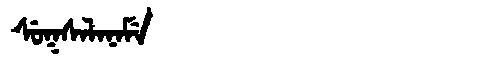
Manchu: ᠰᡠᡴᠰᠠᠯᠠᠨᠠᠮᡝ
Romanization: SUKSALANAME